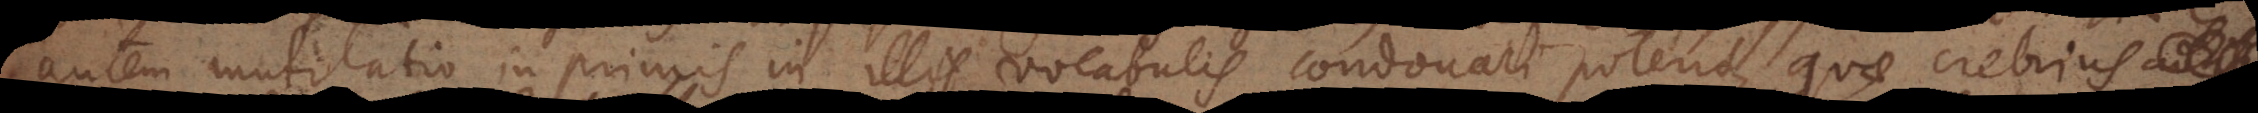
autem mutilatio inprimis in illis vocabulis condonari poterit, quae crebrius